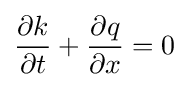
{\frac {\partial k}{\partial t}}+{\frac {\partial q}{\partial x}}=0